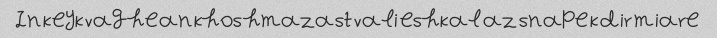
In keyk vaghean khoshmazast vali eshkal az snape k dir miare